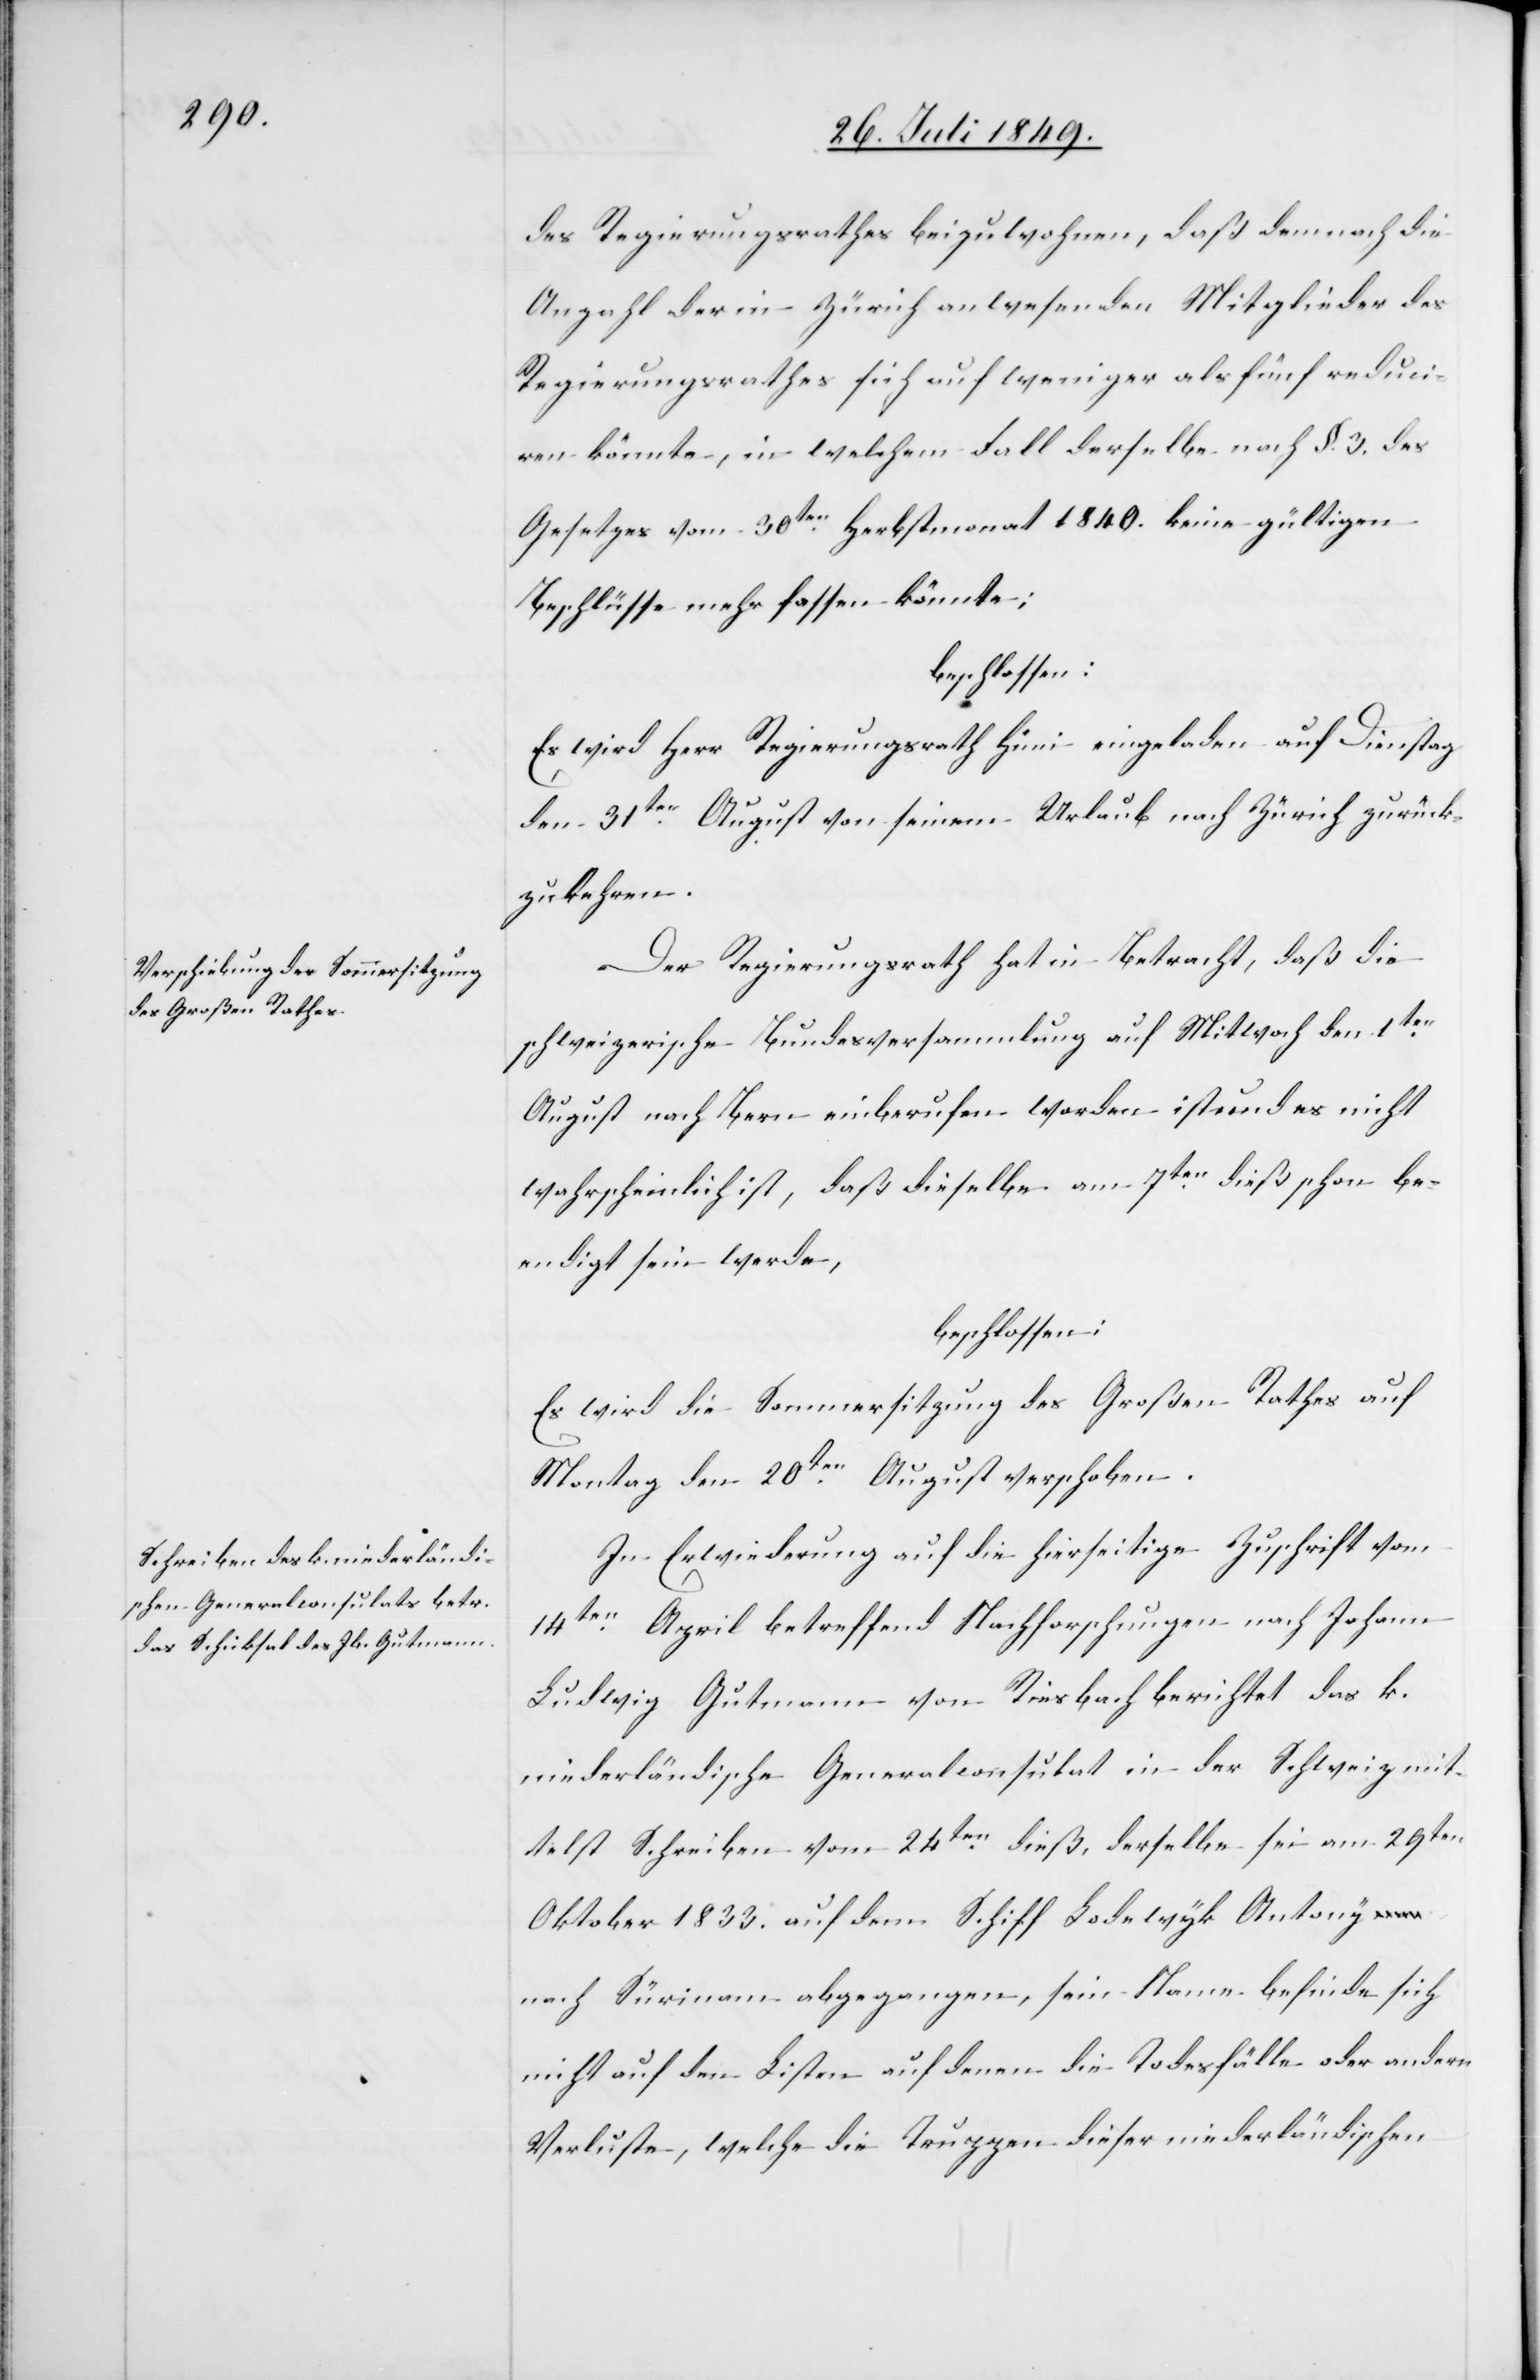
des Regierungsrathes beizuwohnen, daß demnach die
Anzahl der in Zürich anwesenden Mitglieder des
Regierungsrathes sich auf weniger als fünf reduci¬
ren könnte, in welchem Fall derselbe nach §. 3. des
Gesetzes vom 30ten Herbstmonat 1840. keine gültigen
Beschlüsse mehr fassen könnte;
beschlossen:
Es wird Herr Regierungsrath Hüni eingeladen auf Dienstag
den 31ten August von seinem Urlaub nach Zürich zurück¬
zukehren.
Der Regierungsrath hat in Betracht, daß die
schweizerische Bundesversammlung auf Mitwoch den 1ten
August nach Bern einberufen worden ist und es nicht
wahrscheinlich ist, daß dieselbe am 7ten dieß schon be¬
endigt sein werde,
beschlossen:
Es wird die Sommersitzung des Großen Rathes auf
Montag den 20ten August verschoben.
In Erwiederung auf die hierseitige Zuschrift vom
14ten April betreffend Nachforschungen nach Johann
Ludwig Gutmann von Riesbach berichtet das k.
niederländische Generalconsulat in der Schweiz mit¬
telst Schreiben vom 24ten dieß, derselbe sei am 29ten
Oktober 1833. auf dem Schiff Ladewyk Antony
nach Sürinam abgegangen, sein Name befinde sich
nicht auf den Listen auf denen die Todesfälle oder andere
Verluste, welche die Truppen dieser niederländischen